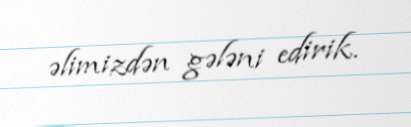
əlimizdən gələni edirik.